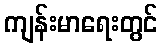
ကျန်းမာရေးတွင်